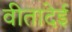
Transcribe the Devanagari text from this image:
वीतादेई